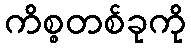
ကိစ္စတစ်ခုကို